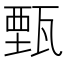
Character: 甄